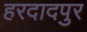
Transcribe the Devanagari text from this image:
हरदादपुर